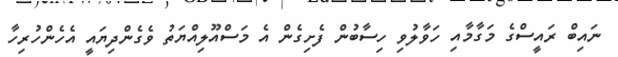
ނައިބް ރައީސްގެ މަގާމާއި ހަވާލުވި ހިސާބުން ފެށިގެން އެ މަސްއޫލިއްޔަތު ވެގެންދިޔައީ އެހެންހުރިހާ